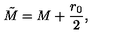
\tilde { M } = M + \frac { r _ { 0 } } { 2 } ,